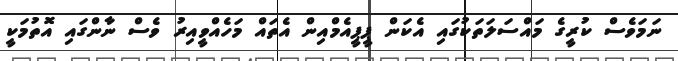
ނަމަވެސް ކުރީގެ މައްސަލަތަކުގައި އެކަން ޕީޕީއެމްއިން އެތައް މަހެއްވީއިރު ވެސް ނާންގައި އޮތުމަކީ